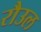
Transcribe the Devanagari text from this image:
रौउल